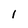
Character: I